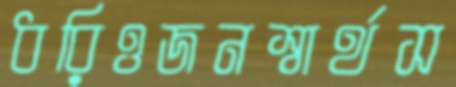
ধরিওজনস্বার্থস